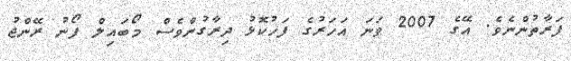
ފަރާތުންނެވެ. އޭގެ 2007 ވަނަ އަހަރުގެ ފަހުކޮޅު ދިރާގުންވެސް މޯބައިލް ފޯނު ރޭންޖު